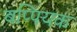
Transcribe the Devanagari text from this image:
बप्पियक